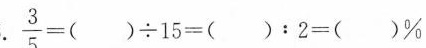
$$\frac{3}{5}=($$ )÷15=()：2=()%